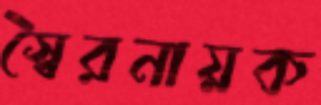
স্বৈরনায়ক